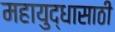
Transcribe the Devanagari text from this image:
महायुद्धासाठी